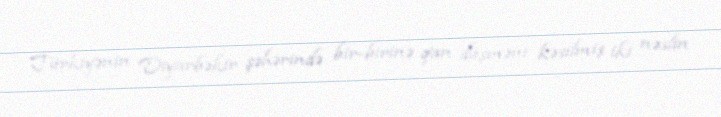
Türkiyənin Diyarbəkir şəhərində bir-birinə qan düşməni kəsilmiş iki nəslin